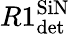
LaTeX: R1_{\textrm{det}}^{\textrm{SiN}}